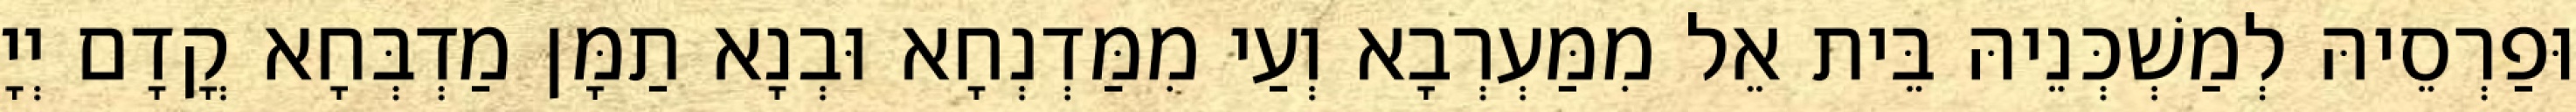
וּפַרְסֵיהּ לְמַשְׁכְּנֵיהּ בֵּית אֵל מִמַּעְרְבָא וְעַי מִמַּדְנְחָא וּבְנָא תַמָּן מַדְבְּחָא קֳדָם יְיָ